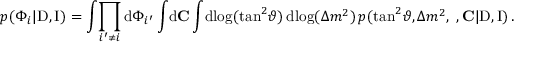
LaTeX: p ( \Phi _ { i } | \mathrm { D } , \mathrm { I } ) = \int \! \prod _ { i ^ { \prime } \neq i } \mathrm { d } \Phi _ { i ^ { \prime } } \int \! \mathrm { d } \mathbf { C } \int \! \mathrm { d } \! \log ( \tan ^ { 2 } \! \vartheta ) \, \mathrm { d } \! \log ( \Delta { m } ^ { 2 } ) \, p ( \tan ^ { 2 } \! \vartheta , \Delta { m } ^ { 2 } , \mathbf { \Phi } , \mathbf { C } | \mathrm { D } , \mathrm { I } ) \, .